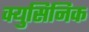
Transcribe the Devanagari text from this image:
क्युसिनिक